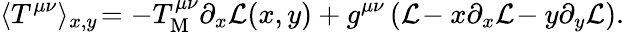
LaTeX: \langle T^{\mu\nu}\rangle_{x,y}\! =-T_{\mathrm{M}}^{\mu\nu}\partial_{x}{\cal L}(x,y)+g^{\mu\nu}\, ({\cal L}\! -x\partial_{x}{\cal L}\! -y\partial_{y}{\cal L}).